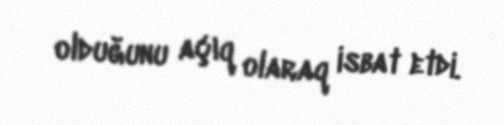
olduğunu açıq olaraq isbat etdi.